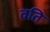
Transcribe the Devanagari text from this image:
वति